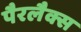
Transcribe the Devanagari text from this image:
पैरलैक्स